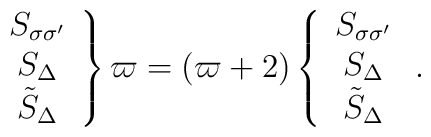
\left. \begin{array}{ccc}S_{\sigma \sigma '}\nonumber \\ S_\Delta \nonumber \\ \tilde {S}_\Delta\end{array} \right \} \varpi= (\varpi +2) \left \{ \begin{array}{ccc}S_{\sigma \sigma '}\nonumber \\ S_\Delta \nonumber \\ \tilde {S}_\Delta\end{array} \right. .